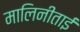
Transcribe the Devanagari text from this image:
मालिनीताई